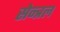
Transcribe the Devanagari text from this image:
सेन्त्रल